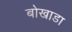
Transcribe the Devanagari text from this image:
बोखाडा